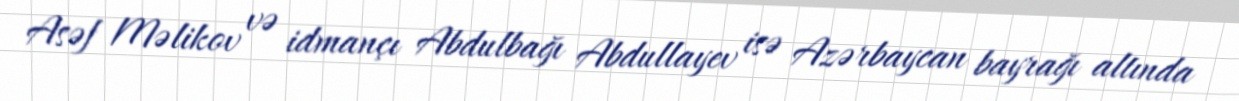
Asəf Məlikov və idmançı Abdulbağı Abdullayev isə Azərbaycan bayrağı altında